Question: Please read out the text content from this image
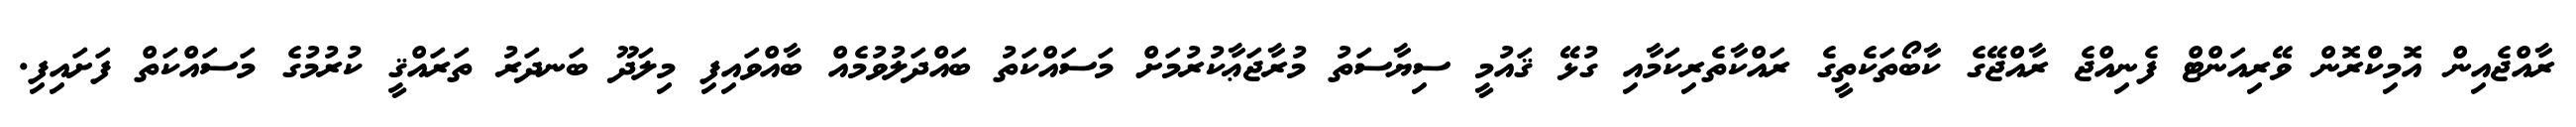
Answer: ރާއްޖެއިން އޮމިކްރޮން ވޭރިއަންޓް ފެނިއްޖެ ރާއްޖޭގެ ކާބޯތަކެތީގެ ރައްކާތެރިކަމާއި ގުޅޭ ޤައުމީ ސިޔާސަތު މުރާޖަޢާކުރުމަށް މަސައްކަތު ބައްދަލުވުމެއް ބާއްވައިފި މިލަދޫ ބަނދަރު ތަރައްޤީ ކުރުމުގެ މަސައްކަތް ފަށައިފި.